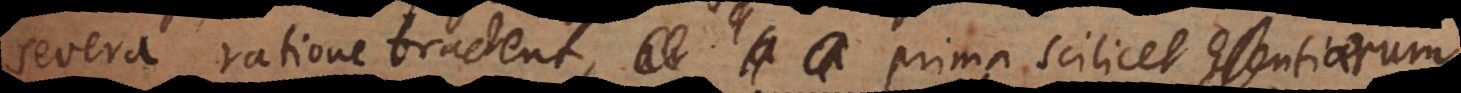
severa ratione tractent, prima scilicet Entium